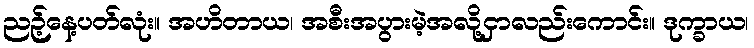
ညဉ့်နေ့ပတ်လုံး။ အဟိတာယ၊ အစီးအပွားမဲ့အလို့ငှာလည်းကောင်း။ ဒုက္ခာယ၊